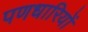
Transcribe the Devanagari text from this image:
पणधारियों